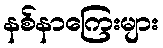
နစ်နာကြေးများ